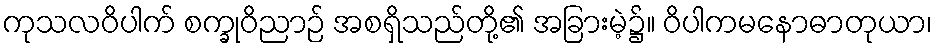
ကုသလဝိပါက် စက္ခုဝိညာဉ် အစရှိသည်တို့၏ အခြားမဲ့၌။ ဝိပါကမနောဓာတုယာ၊